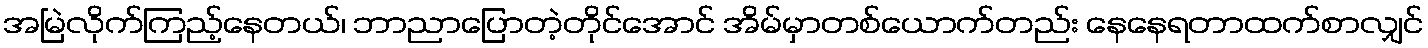
အမြဲလိုက်ကြည့်နေတယ်၊ ဘာညာပြောတဲ့တိုင်အောင် အိမ်မှာတစ်ယောက်တည်း နေနေရတာထက်စာလျှင်